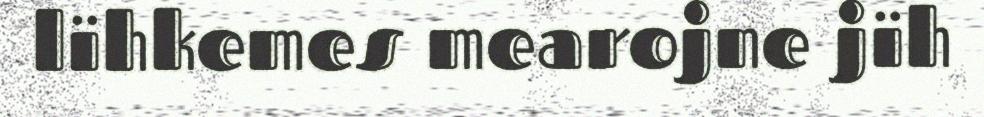
lïhkemes mearojne jïh